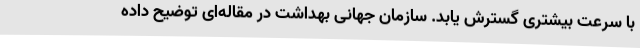
با سرعت بیشتری گسترش یابد. سازمان جهانی بهداشت در مقاله‌ای توضیح داده